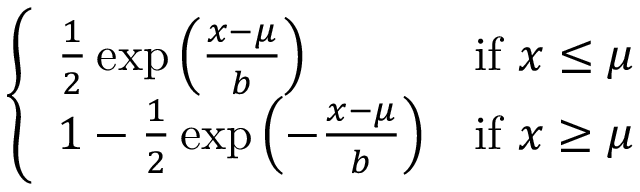
\left\{ \begin{array} { l l } { { \frac { 1 } { 2 } } \exp \left( { \frac { x - \mu } { b } } \right) } & { { \mathrm { i f ~ } } x \leq \mu } \\ { 1 - { \frac { 1 } { 2 } } \exp \left( - { \frac { x - \mu } { b } } \right) } & { { \mathrm { i f ~ } } x \geq \mu } \end{array} \right.